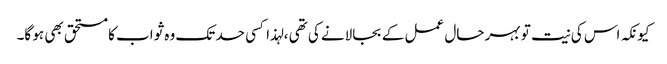
کیونکہ اس کی نیت تو بہر حال عمل کے بجالانے کی تھی ، لہذا کسی حد تک وہ ثواب کا مستحق بھی ہو گا۔